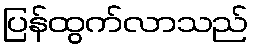
ပြန်ထွက်လာသည်